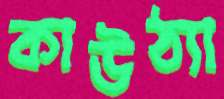
কাউঠ্যা